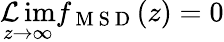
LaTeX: \operatorname*{\mathcal{L}im}_{z\to\infty}f_{\mathrm{{~M~S~D~}}}(z)=0